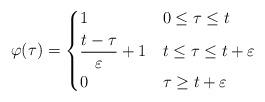
LaTeX: \begin{align*}\varphi(\tau)=\begin{dcases}1 & 0\leq\tau\leq t\\\frac{t-\tau}{\varepsilon}+1 & t\leq\tau\leq t+\varepsilon\\0 & \tau\geq t+\varepsilon\end{dcases}\end{align*}